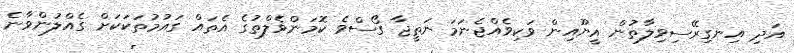
އަދި އިނގިރޭސިވިލާތުން އީޔޫއިން ވަކިވެއްޖެނަމަ ނަތީޖާ ގޯސްވެ ކޮމަންވެލްތުގެ އެތައް ގައުމުތަކަކަށް ގެއްލުންވާނެ